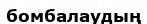
бомбалаудың